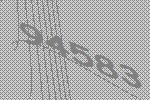
94583